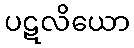
ပဋလိယော